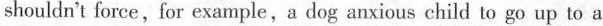
shouldn't force, for example, a dog anxious child to go up to a